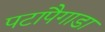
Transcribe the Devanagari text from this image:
पटापैगाडा